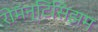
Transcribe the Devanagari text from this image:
रोमॅन्टिसिझम